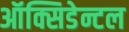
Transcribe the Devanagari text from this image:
ऑक्सिडेन्टल